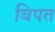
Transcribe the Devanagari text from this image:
बिपत